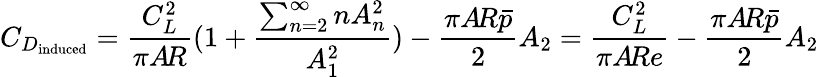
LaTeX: C_{D_{\mathrm{induced}}}={\frac{C_{L}^{2}}{\pi A\! R}}(1+{\frac{\sum_{n=2}^{\infty}nA_{n}^{2}}{A_{1}^{2}}})-{\frac{\pi A\! R{\bar{p}}}{2}}A_{2}={\frac{C_{L}^{2}}{\pi A\! Re}}-{\frac{\pi A\! R{\bar{p}}}{2}}A_{2}